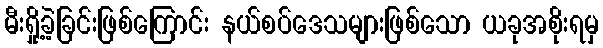
မီးရှို့ခဲ့ခြင်းဖြစ်ကြောင်း နယ်စပ်ဒေသများဖြစ်သော ယခုအစိုးရမှ